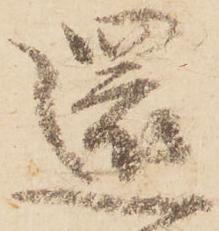
還